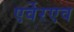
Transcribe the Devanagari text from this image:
एर्वेरएव